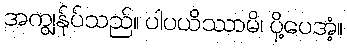
အကျွန်ုပ်သည်။ ပါပယိဿာမိ၊ ပို့ပေအံ့။